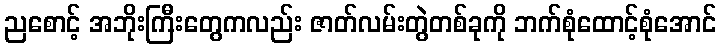
ညစောင့် အဘိုးကြီးတွေကလည်း ဇာတ်လမ်းတွဲတစ်ခုကို ဘက်စုံထောင့်စုံအောင်